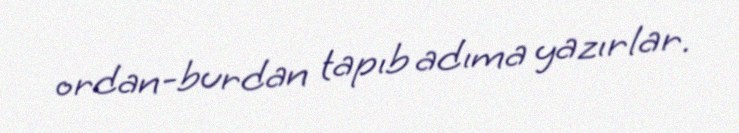
ordan-burdan tapıb adıma yazırlar.